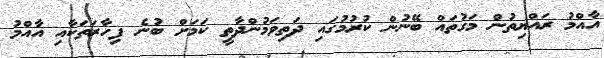
އާއްމު ރައްޔިތުން މަގުތައް ބޭނުން ކުރުމުގައި ދަތިވަމުންދާތީ ކަމަށް ބުނެ ފިހާރަތަކާއި އާއްމު